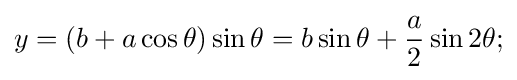
y=(b+a\cos \theta )\sin \theta =b\sin \theta +{a \over 2}\sin 2\theta ;